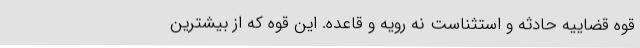
قوه قضاییه حادثه و استثناست نه رویه و قاعده. این قوه که از بیشترین